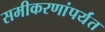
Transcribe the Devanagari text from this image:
समीकरणांपर्यंत